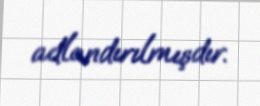
adlandırılmışdır.